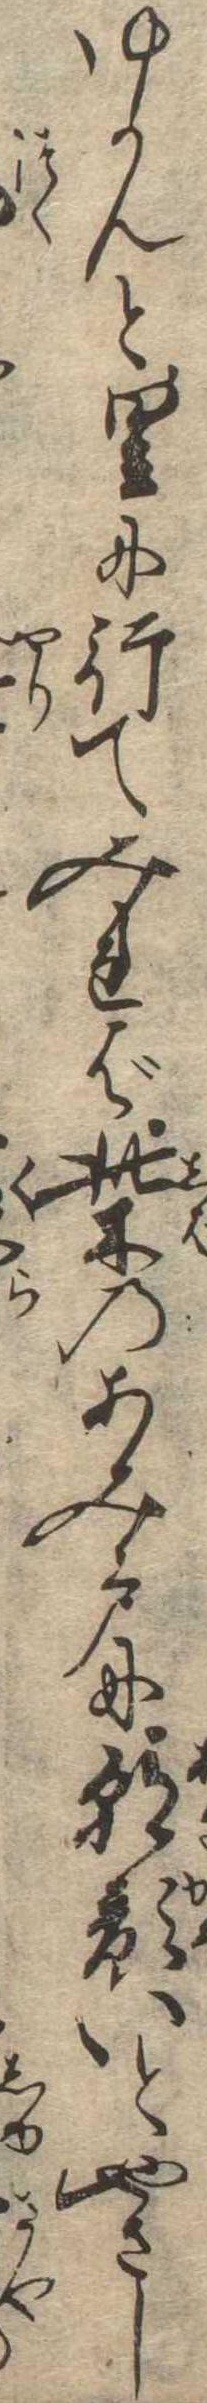
ゆかんと里に行てみれば柴のあみ戸に朝顔いとやさし